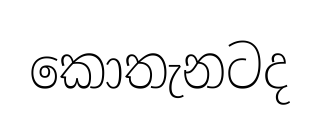
කොතැනටද